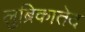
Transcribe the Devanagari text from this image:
लुब्रिकातेद